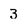
Character: 3